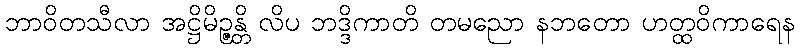
ဘာဝိတသီလာ အဋ္ဌိမိဉ္ဇန္တိ လိပ ဘဒ္ဒိကာတိ တမညော နဘတော ဟတ္ထဝိကာရေန